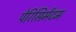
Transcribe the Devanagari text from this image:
पेरिसिमेंटम